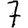
Digit: 7